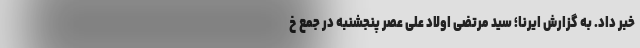
خبر داد. به گزارش ایرنا؛ سید مرتضی اولاد علی عصر پنجشنبه در جمع خ